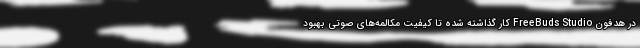
در هدفون FreeBuds Studio کار گذاشته شده تا کیفیت مکالمه‌های صوتی بهبود